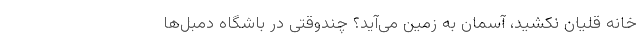
خانه قلیان نکشید، آسمان به زمین می‌آید؟ چندوقتی در باشگاه دمبل‌ها